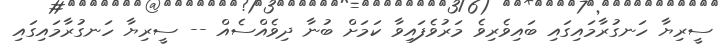
ސީރިޔާ ހަނގުރާމައިގައި ބައިވެރިވެ މަރުވެފައިވާ ކަމަށް ބުނާ ދިވެއްސެއް -- ސީރިޔާ ހަނގުރާމައިގައި